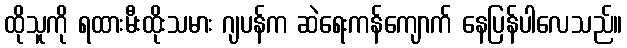
ထိုသူကို ရထားမီးထိုးသမား ဂျပန်က ဆဲရေးကန်ကျောက် နေပြန်ပါလေသည်။